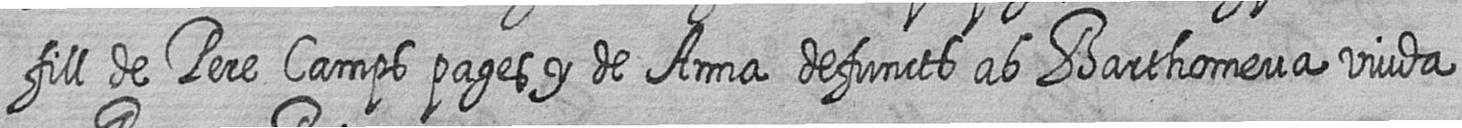
fill de Pere Camps pages y de Anna defuncts ab Barthomeua viuda